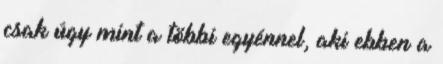
csak úgy mint a többi egyénnel, aki ebben a